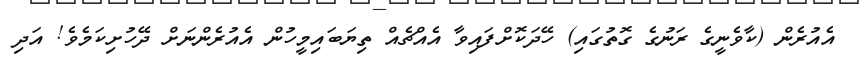
އެއުރެން (ކާވެނީގެ ރަނުގެ ގޮތުގައި) ހޭދަކޮށްފައިވާ އެއްޗެއް ތިޔަބައިމީހުން އެއުރެންނަށް ދޭހުށިކަމެވެ! އަދި